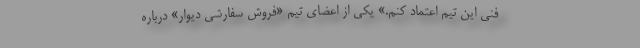
فنی این تیم اعتماد کنم.» یکی از اعضای تیم «فروش سفارشی دیوار» درباره